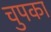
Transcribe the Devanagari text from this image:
चुपका